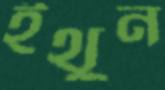
ইথুন